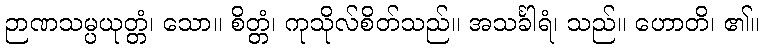
ဉာဏသမ္ပယုတ္တံ၊ သော။ စိတ္တံ၊ ကုသိုလ်စိတ်သည်။ အသင်္ခါရံ၊ သည်။ ဟောတိ၊ ၏။